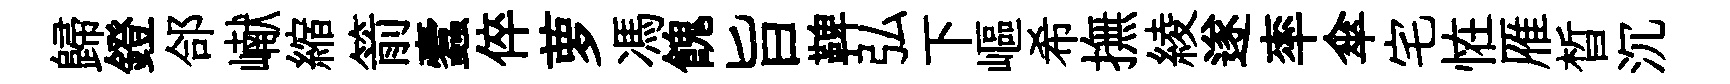
歸鐙郃𪩘縮箭蠧倅萝馮餽旨鞞弘下嶇希撫綾遂率傘宅恠雁晳沉